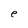
Character: e